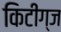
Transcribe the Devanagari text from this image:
किटींग्ज